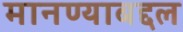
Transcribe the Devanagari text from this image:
मानण्याबद्दल